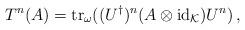
LaTeX: \begin{align*}T^n(A)=\operatorname{tr}_{\omega}((U^\dagger)^n(A\otimes\operatorname{id}_{\mathcal K})U^n)\,,\end{align*}